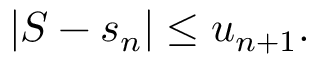
| S - s _ { n } | \leq u _ { n + 1 } .